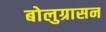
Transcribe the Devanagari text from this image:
बोलुग्रासन